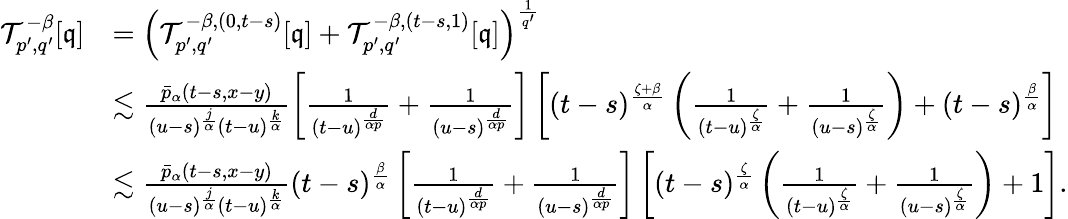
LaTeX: \begin{array}{rl}{\mathcal{T}_{p^{\prime},q^{\prime}}^{-\beta}[\mathfrak{q}]}&{=\left(\mathcal{T}_{p^{\prime},q^{\prime}}^{-\beta,(0,t-s)}[\mathfrak{q}]+\mathcal{T}_{p^{\prime},q^{\prime}}^{-\beta,(t-s,1)}[\mathfrak{q}]\right)^{\frac{1}{q^{\prime}}}}\\ &{\lesssim\frac{\bar{p}_{\alpha}(t-s,x-y)}{(u-s)^{\frac{j}{\alpha}}(t-u)^{\frac{k}{\alpha}}}\left[\frac{1}{(t-u)^{\frac{d}{\alpha p}}}+\frac{1}{(u-s)^{\frac{d}{\alpha p}}}\right]\left[(t-s)^{\frac{\zeta+\beta}{\alpha}}\left(\frac{1}{(t-u)^{\frac{\zeta}{\alpha}}}+\frac{1}{(u-s)^{\frac{\zeta}{\alpha}}}\right)+(t-s)^{\frac{\beta}{\alpha}}\right]}\\ &{\lesssim\frac{\bar{p}_{\alpha}(t-s,x-y)}{(u-s)^{\frac{j}{\alpha}}(t-u)^{\frac{k}{\alpha}}}(t-s)^{\frac{\beta}{\alpha}}\left[\frac{1}{(t-u)^{\frac{d}{\alpha p}}}+\frac{1}{(u-s)^{\frac{d}{\alpha p}}}\right]\left[(t-s)^{\frac{\zeta}{\alpha}}\left(\frac{1}{(t-u)^{\frac{\zeta}{\alpha}}}+\frac{1}{(u-s)^{\frac{\zeta}{\alpha}}}\right)+1\right].}\end{array}